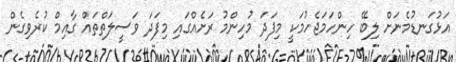
އަޅުގަނޑުމެނަށް ލިބޭ ހިންހަމަޖެހުމަކީ މިފަދަ މުހިންމު ރަށެއްގައި މިފަދަ ވަސީލަތްތައް ގާއިމް ކުރެވިގެން